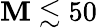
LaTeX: \mathbf{M}\lesssim50